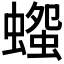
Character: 𧐫